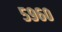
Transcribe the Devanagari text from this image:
५९६०